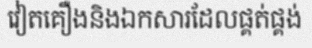
វៀតគឿងនិងឯកសារដែលផ្គត់ផ្គង់